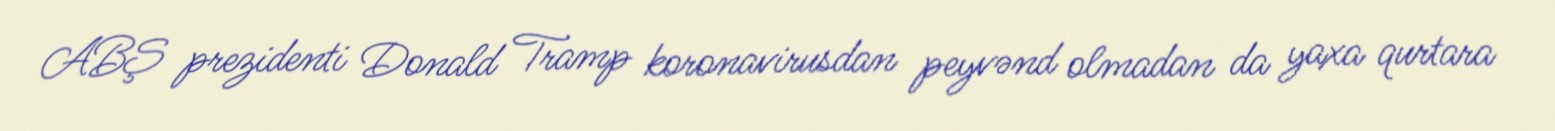
ABŞ prezidenti Donald Tramp koronavirusdan peyvənd olmadan da yaxa qurtara